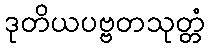
ဒုတိယပဗ္ဗတသုတ္တံ